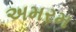
અમરમ